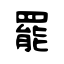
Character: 罷